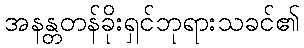
အနန္တတန်ခိုးရှင်ဘုရားသခင်၏